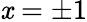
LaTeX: \mathit{x}=\pm1